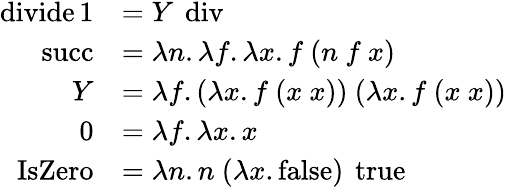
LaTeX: {\begin{array}{rl}{\operatorname{divide1}}&{=Y\ \operatorname{div}}\\ {\operatorname{succ}}&{=\lambda n.\lambda f.\lambda x.f\ (n\ f\ x)}\\ {Y}&{=\lambda f.(\lambda x.f\ (x\ x))\ (\lambda x.f\ (x\ x))}\\ {0}&{=\lambda f.\lambda x.x}\\ {\operatorname{IsZero}}&{=\lambda n.n\ (\lambda x.\operatorname{false})\ \operatorname{true}}\end{array}}